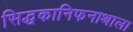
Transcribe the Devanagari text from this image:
सिद्धकानिफनाथाला